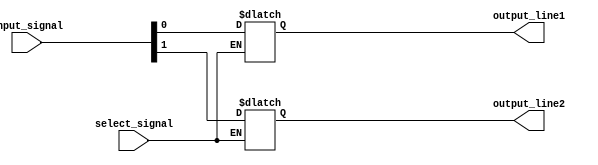
module demultiplexer(input [1:0] input_signal, input select_signal, output reg output_line1, output reg output_line2);

always @(*)
begin
    if (select_signal == 0)
        output_line1 = input_signal[0];
    else if (select_signal == 1)
        output_line2 = input_signal[1];
end

endmodule